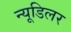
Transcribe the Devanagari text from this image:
न्यूडिलर